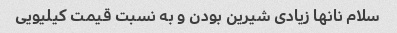
سلام نانها زیادی شیرین بودن و به نسبت قیمت کیلیویی